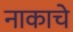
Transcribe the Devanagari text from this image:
नाकाचे